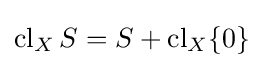
\operatorname {cl} _{X}S=S+\operatorname {cl} _{X}\{0\}